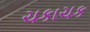
ચકાચક